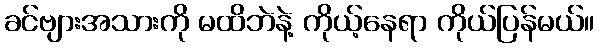
ခင်ဗျားအသားကို မထိဘဲနဲ့ ကိုယ့်နေရာ ကိုယ်ပြန်မယ်။